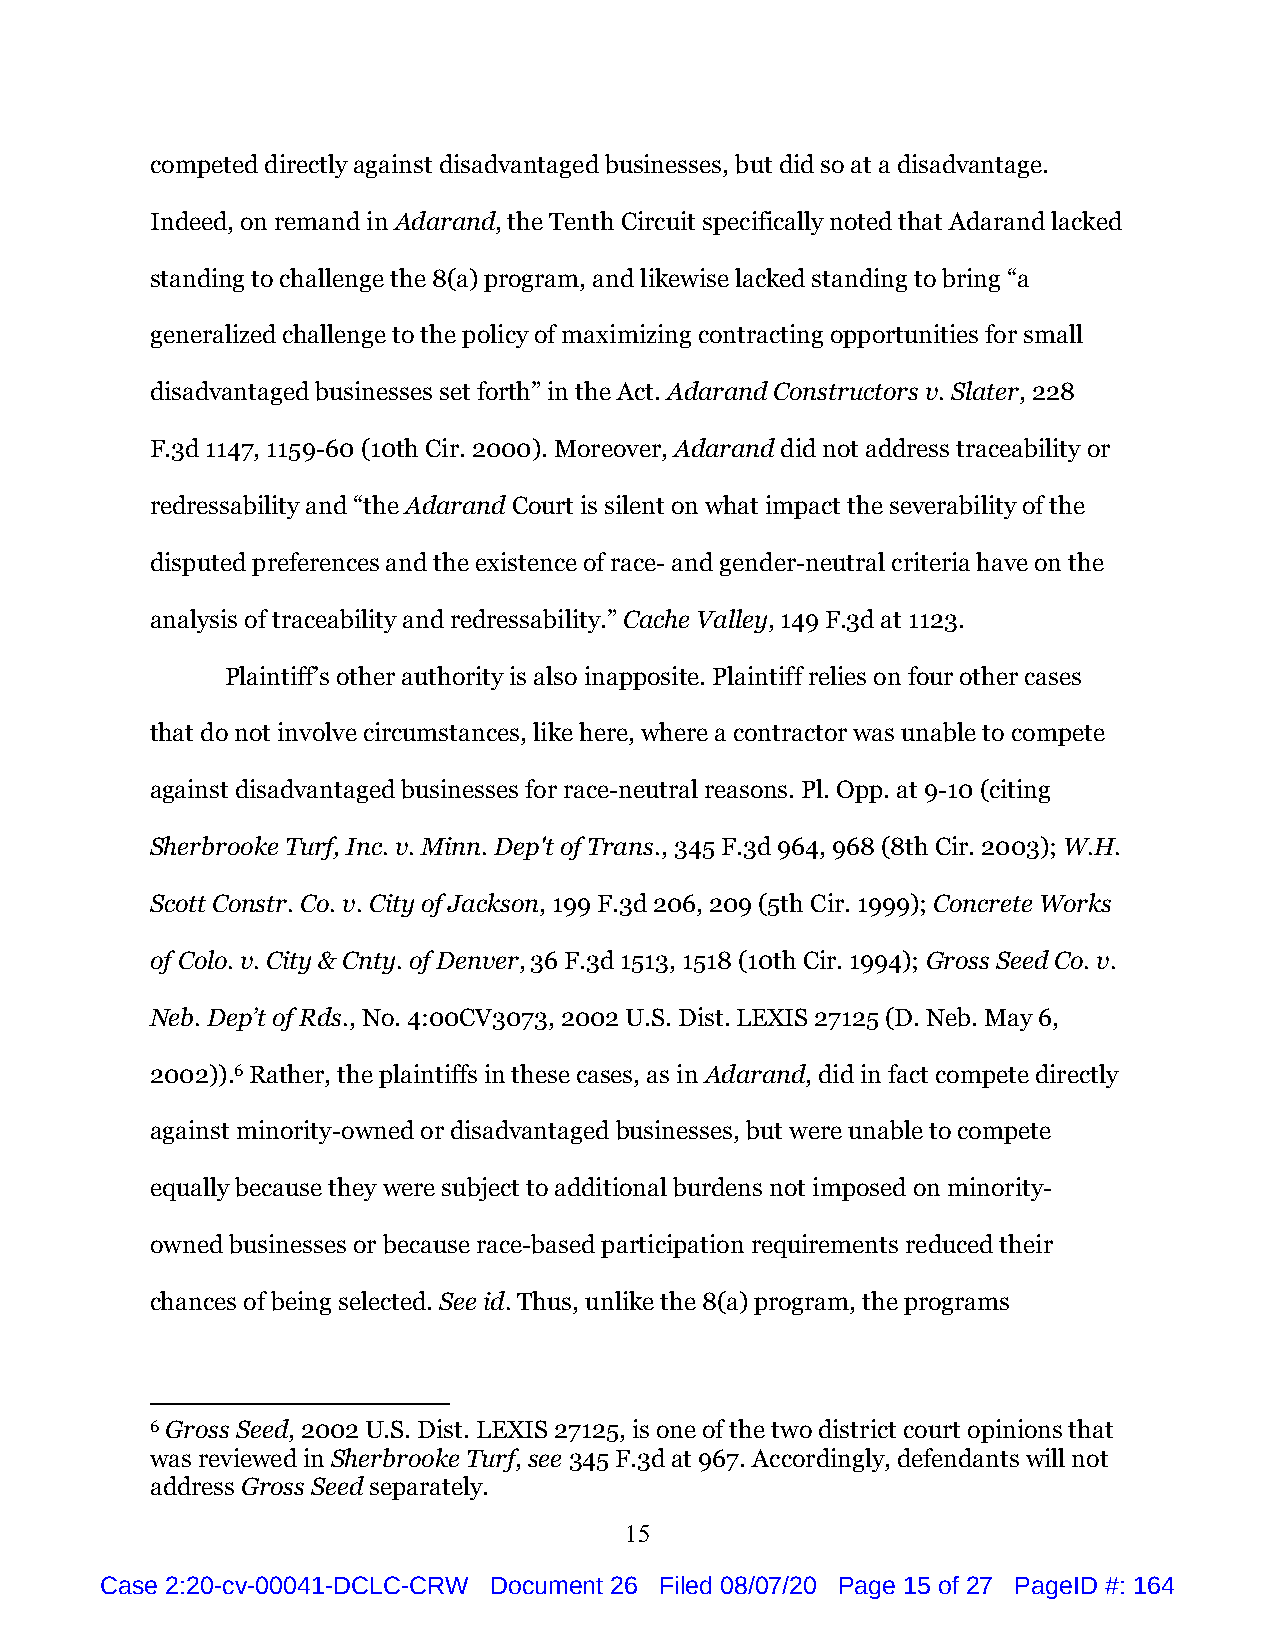
competed directly against disadvantaged businesses, but did so at a disadvantage.
 Indeed, on remand in Adarand, the Tenth Circuit specifically noted that Adarand lacked
 standing to challenge the 8(a) program, and likewise lacked standing to bring “a
 generalized challenge to the policy of maximizing contracting opportunities for small
 disadvantaged businesses set forth” in the Act. Adarand Constructors v. Slater, 228
 F.3d 1147, 1159-60 (10th Cir. 2000). Moreover, Adarand did not address traceability or
 redressability and “the Adarand Court is silent on what impact the severability of the
 disputed preferences and the existence of race- and gender-neutral criteria have on the
 analysis of traceability and redressability.” Cache Valley, 149 F.3d at 1123.
 Plaintiff’s other authority is also inapposite. Plaintiff relies on four other cases
 that do not involve circumstances, like here, where a contractor was unable to compete
 against disadvantaged businesses for race-neutral reasons. Pl. Opp. at 9-10 (citing
 Sherbrooke Turf, Inc. v. Minn. Dep't of Trans., 345 F.3d 964, 968 (8th Cir. 2003); W.H.
 Scott Constr. Co. v. City of Jackson, 199 F.3d 206, 209 (5th Cir. 1999); Concrete Works
 of Colo. v. City & Cnty. of Denver, 36 F.3d 1513, 1518 (10th Cir. 1994); Gross Seed Co. v.
 Neb. Dep’t of Rds., No. 4:00CV3073, 2002 U.S. Dist. LEXIS 27125 (D. Neb. May 6,
 2002)).6 Rather, the plaintiffs in these cases, as in Adarand, did in fact compete directly
 against minority-owned or disadvantaged businesses, but were unable to compete
 equally because they were subject to additional burdens not imposed on minority-
 owned businesses or because race-based participation requirements reduced their
 chances of being selected. See id. Thus, unlike the 8(a) program, the programs
 6 Gross Seed, 2002 U.S. Dist. LEXIS 27125, is one of the two district court opinions that
 was reviewed in Sherbrooke Turf, see 345 F.3d at 967. Accordingly, defendants will not
 address Gross Seed separately.
 15
 Case 2:20-cv-00041-DCLC-CRW Document 26 Filed 08/07/20 Page 15 of 27 PageID #: 164